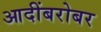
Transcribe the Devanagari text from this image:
आदींबरोबर